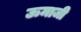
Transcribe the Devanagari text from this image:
ऊमाजी